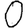
Digit: 0